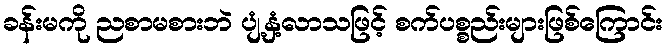
ခန်းမကို ညစာမစားဘဲ ပျံ့နှံ့လာသဖြင့် စက်ပစ္စည်းများဖြစ်ကြောင်း